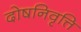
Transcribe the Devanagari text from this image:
दोषनिवृत्ति